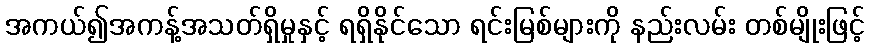
အကယ်၍အကန့်အသတ်ရှိမှုနှင့် ရရှိနိုင်သော ရင်းမြစ်များကို နည်းလမ်း တစ်မျိုးဖြင့်